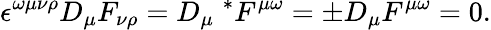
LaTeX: \epsilon^{\omega\mu\nu\rho}D_{\mu}F_{\nu\rho}=D_{\mu}\; ^{*}F^{\mu\omega}=\pm D_{\mu}F^{\mu\omega}=0.